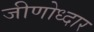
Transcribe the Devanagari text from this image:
जीणोध्दार